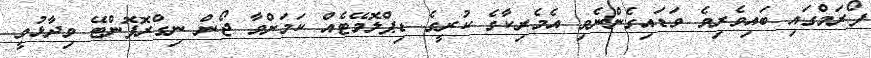
ފޯރަމްގައި ބައިވެރިވެ ވަޑައިގެންނެވި އެމެރިކާގެ ކުރީގެ ޑިޕްލޮމޭޓެއް ކަމަށްވާ ޖޯން ނިގްރޮޕޮންޓޭ ވިދާޅުވީ